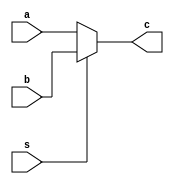
// Copyright 2023 MERL-DSU

//    Licensed under the Apache License, Version 2.0 (the "License");
//    you may not use this file except in compliance with the License.
//    You may obtain a copy of the License at

//        http://www.apache.org/licenses/LICENSE-2.0

//    Unless required by applicable law or agreed to in writing, software
//    distributed under the License is distributed on an "AS IS" BASIS,
//    WITHOUT WARRANTIES OR CONDITIONS OF ANY KIND, either express or implied.
//    See the License for the specific language governing permissions and
//    limitations under the License.

module Mux (a,b,s,c);

    input [31:0]a,b;
    input s;
    output [31:0]c;

    assign c = (~s) ? a : b ;
    
endmodule